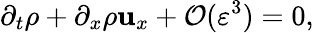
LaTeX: \partial_{t}\rho+\partial_{x}\rho\mathbf{u}_{x}+\mathcal{{O}}(\varepsilon^{3})=0,